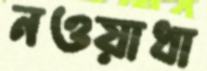
নওয়াধা